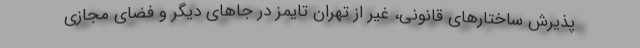
پذیرش ساختارهای قانونی، غیر از تهران تایمز در جاهای دیگر و فضای مجازی